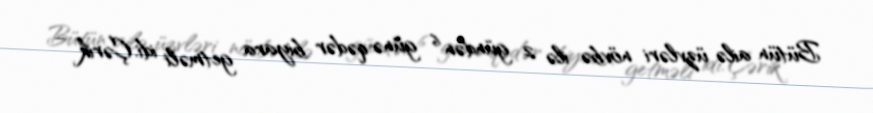
Bütün ailə üzvləri növbə ilə 2 gündən 6 günə qədər biyara getməli idi. Çərik –